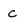
Character: C